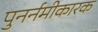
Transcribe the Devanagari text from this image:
पुनर्नमीकारक